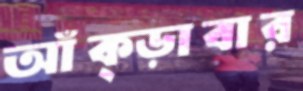
আঁক্‌ড়াবার